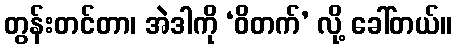
တွန်းတင်တာ၊ အဲဒါကို ‘ဝိတက်’ လို့ ခေါ်တယ်။